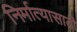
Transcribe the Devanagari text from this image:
निर्मात्यासाठी